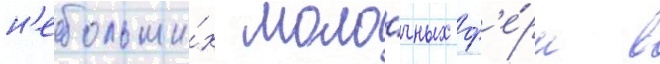
н'ебольши́х моло́чных ф'е́рм в